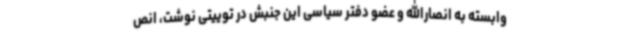
وابسته به انصارالله و عضو دفتر سیاسی این جنبش در توییتی نوشت، انص